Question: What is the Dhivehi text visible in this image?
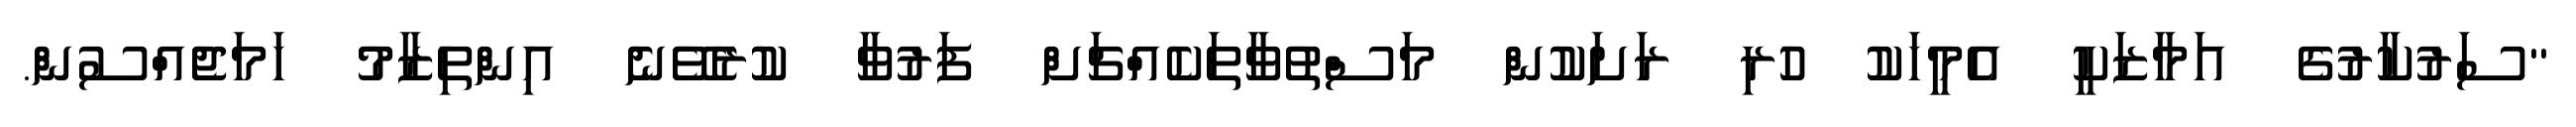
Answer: "ސަރުކާރުގެ އަމާޒަކީ އެމީހަކު ހުރި ރަށަކުން މަސްތުވާތަކެއްޗަށް ފަރުވާ ކުރެވޭނެ އިންތިޒާމު ހަމަޖެއްސުން.